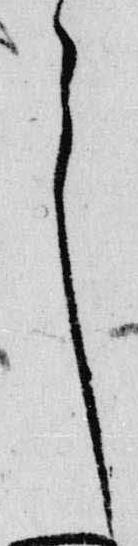
々